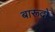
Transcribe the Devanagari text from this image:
बारूदों